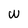
Character: W